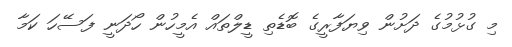
މި ގުޅުމުގެ ދަށުން ވިޔަފާރީގެ ބޮޑެތި ޑީލްތައް އެމީހުން ހޯދަނީ ފަސޭހަ ކަމާ